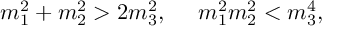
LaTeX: m _ { 1 } ^ { 2 } + m _ { 2 } ^ { 2 } > 2 m _ { 3 } ^ { 2 } , \ \ \ \ m _ { 1 } ^ { 2 } m _ { 2 } ^ { 2 } < m _ { 3 } ^ { 4 } ,